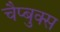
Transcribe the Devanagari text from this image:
चैप्बुक्स